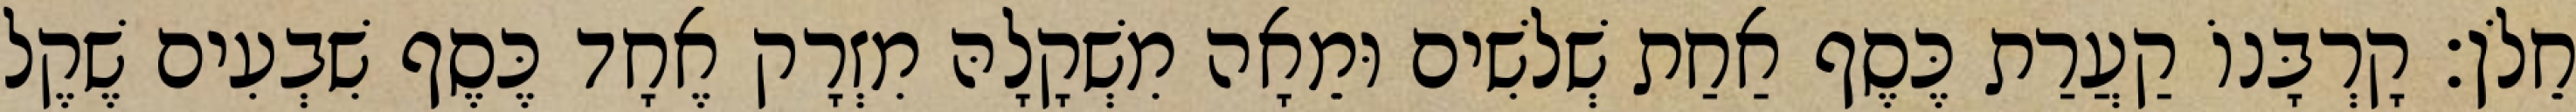
חֵלֹן׃ קָרְבָּנוֹ קַעֲרַת כֶּסֶף אַחַת שְׁלשִׁים וּמֵאָה מִשְׁקָלָהּ מִזְרָק אֶחָד כֶּסֶף שִׁבְעִים שֶׁקֶל